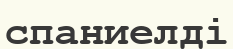
спаниелді